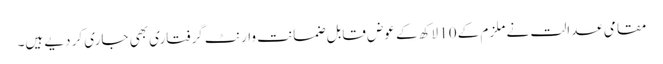
مقامی عدالت نے ملزم کے 10 لاکھ کے عوض قابل ضمانت وارنٹ گرفتاری بھی جاری کر دیے ہیں۔